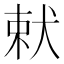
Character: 𭸋